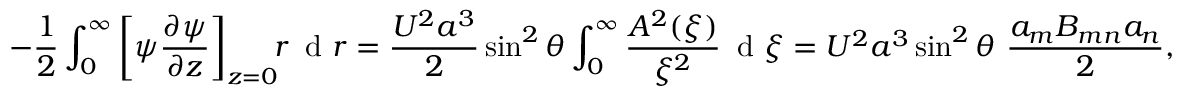
- \frac { 1 } { 2 } \int _ { 0 } ^ { \infty } \left[ \psi \frac { \partial \psi } { \partial z } \right] _ { z = 0 } \! \! r \, \textrm { d } r = \frac { U ^ { 2 } a ^ { 3 } } { 2 } \sin ^ { 2 } \theta \int _ { 0 } ^ { \infty } \frac { A ^ { 2 } ( \xi ) } { \xi ^ { 2 } } \, \textrm { d } \xi = U ^ { 2 } a ^ { 3 } \sin ^ { 2 } \theta \, \, \frac { a _ { m } B _ { m n } a _ { n } } { 2 } ,